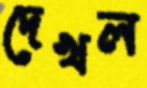
দেখল